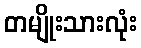
တမျိုးသားလုံး